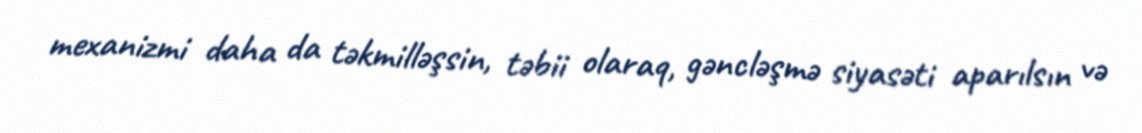
mexanizmi daha da təkmilləşsin, təbii olaraq, gəncləşmə siyasəti aparılsın və